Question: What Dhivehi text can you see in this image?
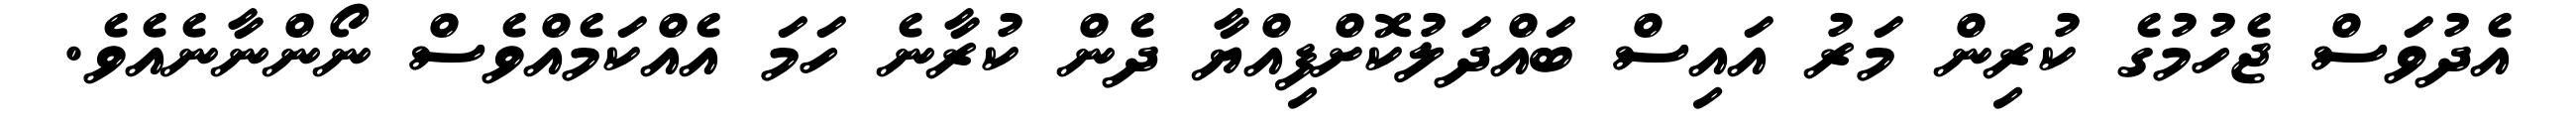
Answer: އެދުވަސް ޖެހުމުގެ ކުރިން މަރު އައިސް ބައްދަލުކޮށްފިއްޔާ ދެން ކުރާނެ ހަމަ އެއްކަމެއްވެސް ނޯންނާނެއެވެ.